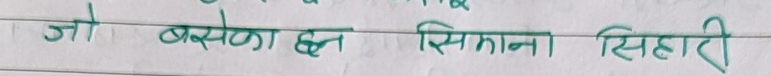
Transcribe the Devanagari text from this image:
जो बसेका हुन्, सिसाना सिहारी